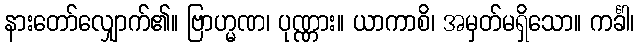
နားတော်လျှောက်၏။ ဗြာဟ္မဏ၊ ပုဏ္ဏား။ ယာကာစိ၊ အမှတ်မရှိသော။ ကင်္ခါ၊